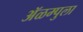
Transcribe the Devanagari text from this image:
ॲळम्पुला